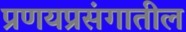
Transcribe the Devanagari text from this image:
प्रणयप्रसंगातील